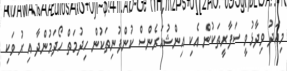
މިއަދު ވިދާޅުވީ ސަފާރީތަކުން އެކި އިންޝުއަރެންސް ކުންފުނިތަކުން ހިދުމަތް ހޯދަމުންދާ އިރު ވަކި